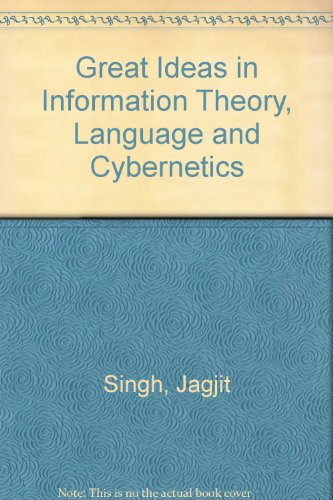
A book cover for Great Ideas in Information Theory, Language and Cybernetics; Jagjit Singh; Computers & Technology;